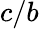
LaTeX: c/b